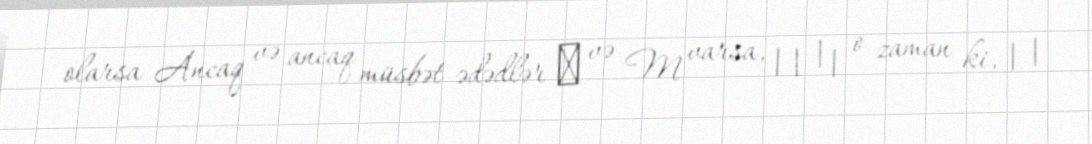
olarsa Ancaq və ancaq müsbət ədədlər δ və M varsa, | | | | o zaman ki, | |